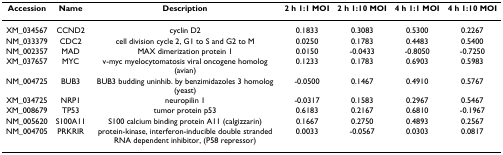
<table><thead><tr><td><b>Accession</b></td><td><b>Name</b></td><td><b>Description</b></td><td><b>2 h 1:1 MOI</b></td><td><b>2 h 1:10 MOI</b></td><td><b>4 h 1:1 MOI</b></td><td><b>4 h 1:10 MOI</b></td></tr></thead><tbody><tr><td>XM_034567</td><td>CCND2</td><td>cyclin D2</td><td>0.1833</td><td>0.3083</td><td>0.5300</td><td>0.2267</td></tr><tr><td>NM_033379</td><td>CDC2</td><td>cell division cycle 2, G1 to S and G2 to M</td><td>0.0250</td><td>0.1783</td><td>0.4483</td><td>0.5400</td></tr><tr><td>NM_002357</td><td>MAD</td><td>MAX dimerization protein 1</td><td>0.0150</td><td>-0.0433</td><td>-0.8050</td><td>-0.7250</td></tr><tr><td>XM_037657</td><td>MYC</td><td>v-myc myelocytomatosis viral oncogene homolog (avian)</td><td>0.1233</td><td>0.1783</td><td>0.6903</td><td>0.5983</td></tr><tr><td>NM_004725</td><td>BUB3</td><td>BUB3 budding uninhib. by benzimidazoles 3 homolog (yeast)</td><td>-0.0500</td><td>0.1467</td><td>0.4910</td><td>0.5767</td></tr><tr><td>XM_034725</td><td>NRP1</td><td>neuropilin 1</td><td>-0.0317</td><td>0.1583</td><td>0.2967</td><td>0.5467</td></tr><tr><td>XM_008679</td><td>TP53</td><td>tumor protein p53</td><td>0.6183</td><td>0.2167</td><td>0.6810</td><td>-0.1967</td></tr><tr><td>NM_005620</td><td>S100A11</td><td>S100 calcium binding protein A11 (calgizzarin)</td><td>0.1667</td><td>0.2750</td><td>0.4893</td><td>0.2567</td></tr><tr><td>NM_004705</td><td>PRKRIR</td><td>protein-kinase, interferon-inducible double stranded RNA dependent inhibitor, (P58 repressor)</td><td>0.0033</td><td>-0.0567</td><td>0.0303</td><td>0.0817</td></tr></tbody></table>